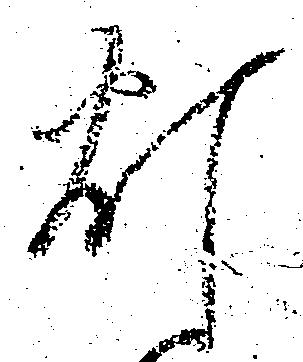
灯